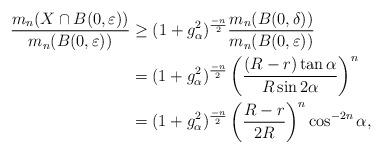
LaTeX: \begin{align*}\dfrac{m_{n}(X\cap B(0,\varepsilon))}{m_{n}(B(0,\varepsilon))}&\geq(1+g_{\alpha}^{2})^{\frac{-n}{2}}\dfrac{m_{n}( B(0,\delta))}{m_{n}(B(0,\varepsilon))}\\&=(1+g_{\alpha}^{2})^{\frac{-n}{2}} \left(\dfrac{(R-r)\tan \alpha}{R \sin 2\alpha}\right)^{n}\\&=(1+g_{\alpha}^{2})^{\frac{-n}{2}} \left(\dfrac{R-r}{2R }\right)^{n} \cos^{-2n}\alpha,\end{align*}